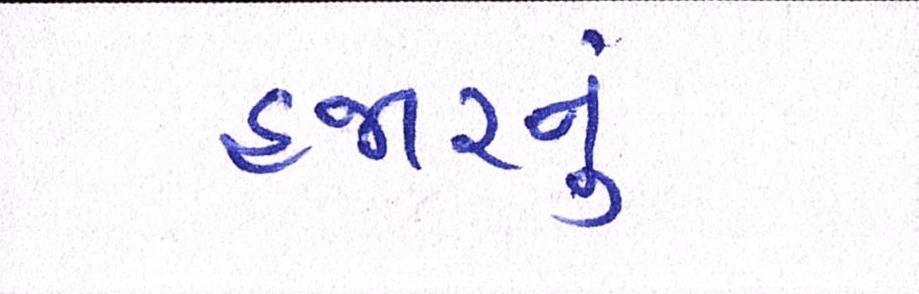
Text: હજારનું